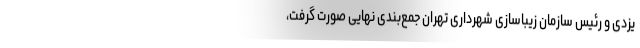
یزدی و رئیس سازمان زیباسازی شهرداری تهران جمع‌بندی نهایی صورت گرفت،